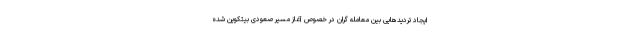
ایجاد تردیدهایی بین معامله گران در خصوص آغاز مسیر صعودی بیتکوین شده